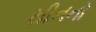
સીનનો